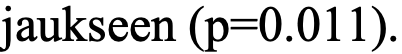
jaukseen (p=0.011).